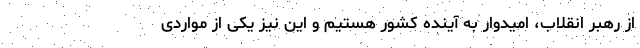
از رهبر انقلاب، امیدوار به آینده کشور هستیم و این نیز یکی از مواردی